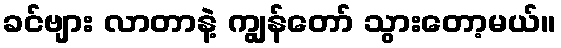
ခင်ဗျား လာတာနဲ့ ကျွန်တော် သွားတော့မယ်။